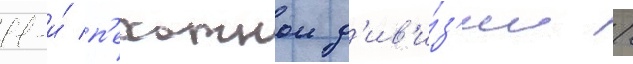
11-и́ п'ехотнои д'ив'и́з'ии /